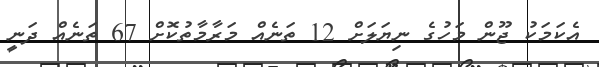
އެކަމަކު ޖޫން މަހުގެ ނިޔަލަށް 12 ތަނެއް މަރާމާތުކޮށް 67 ތަނެއް ދަނީ